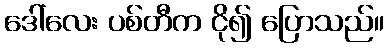
ဒေါ်လေး ပစ်တီက ငို၍ ပြောသည်။